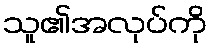
သူ၏အလုပ်ကို